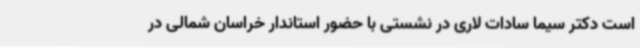
است دکتر سیما سادات لاری در نشستی با حضور استاندار خراسان شمالی در